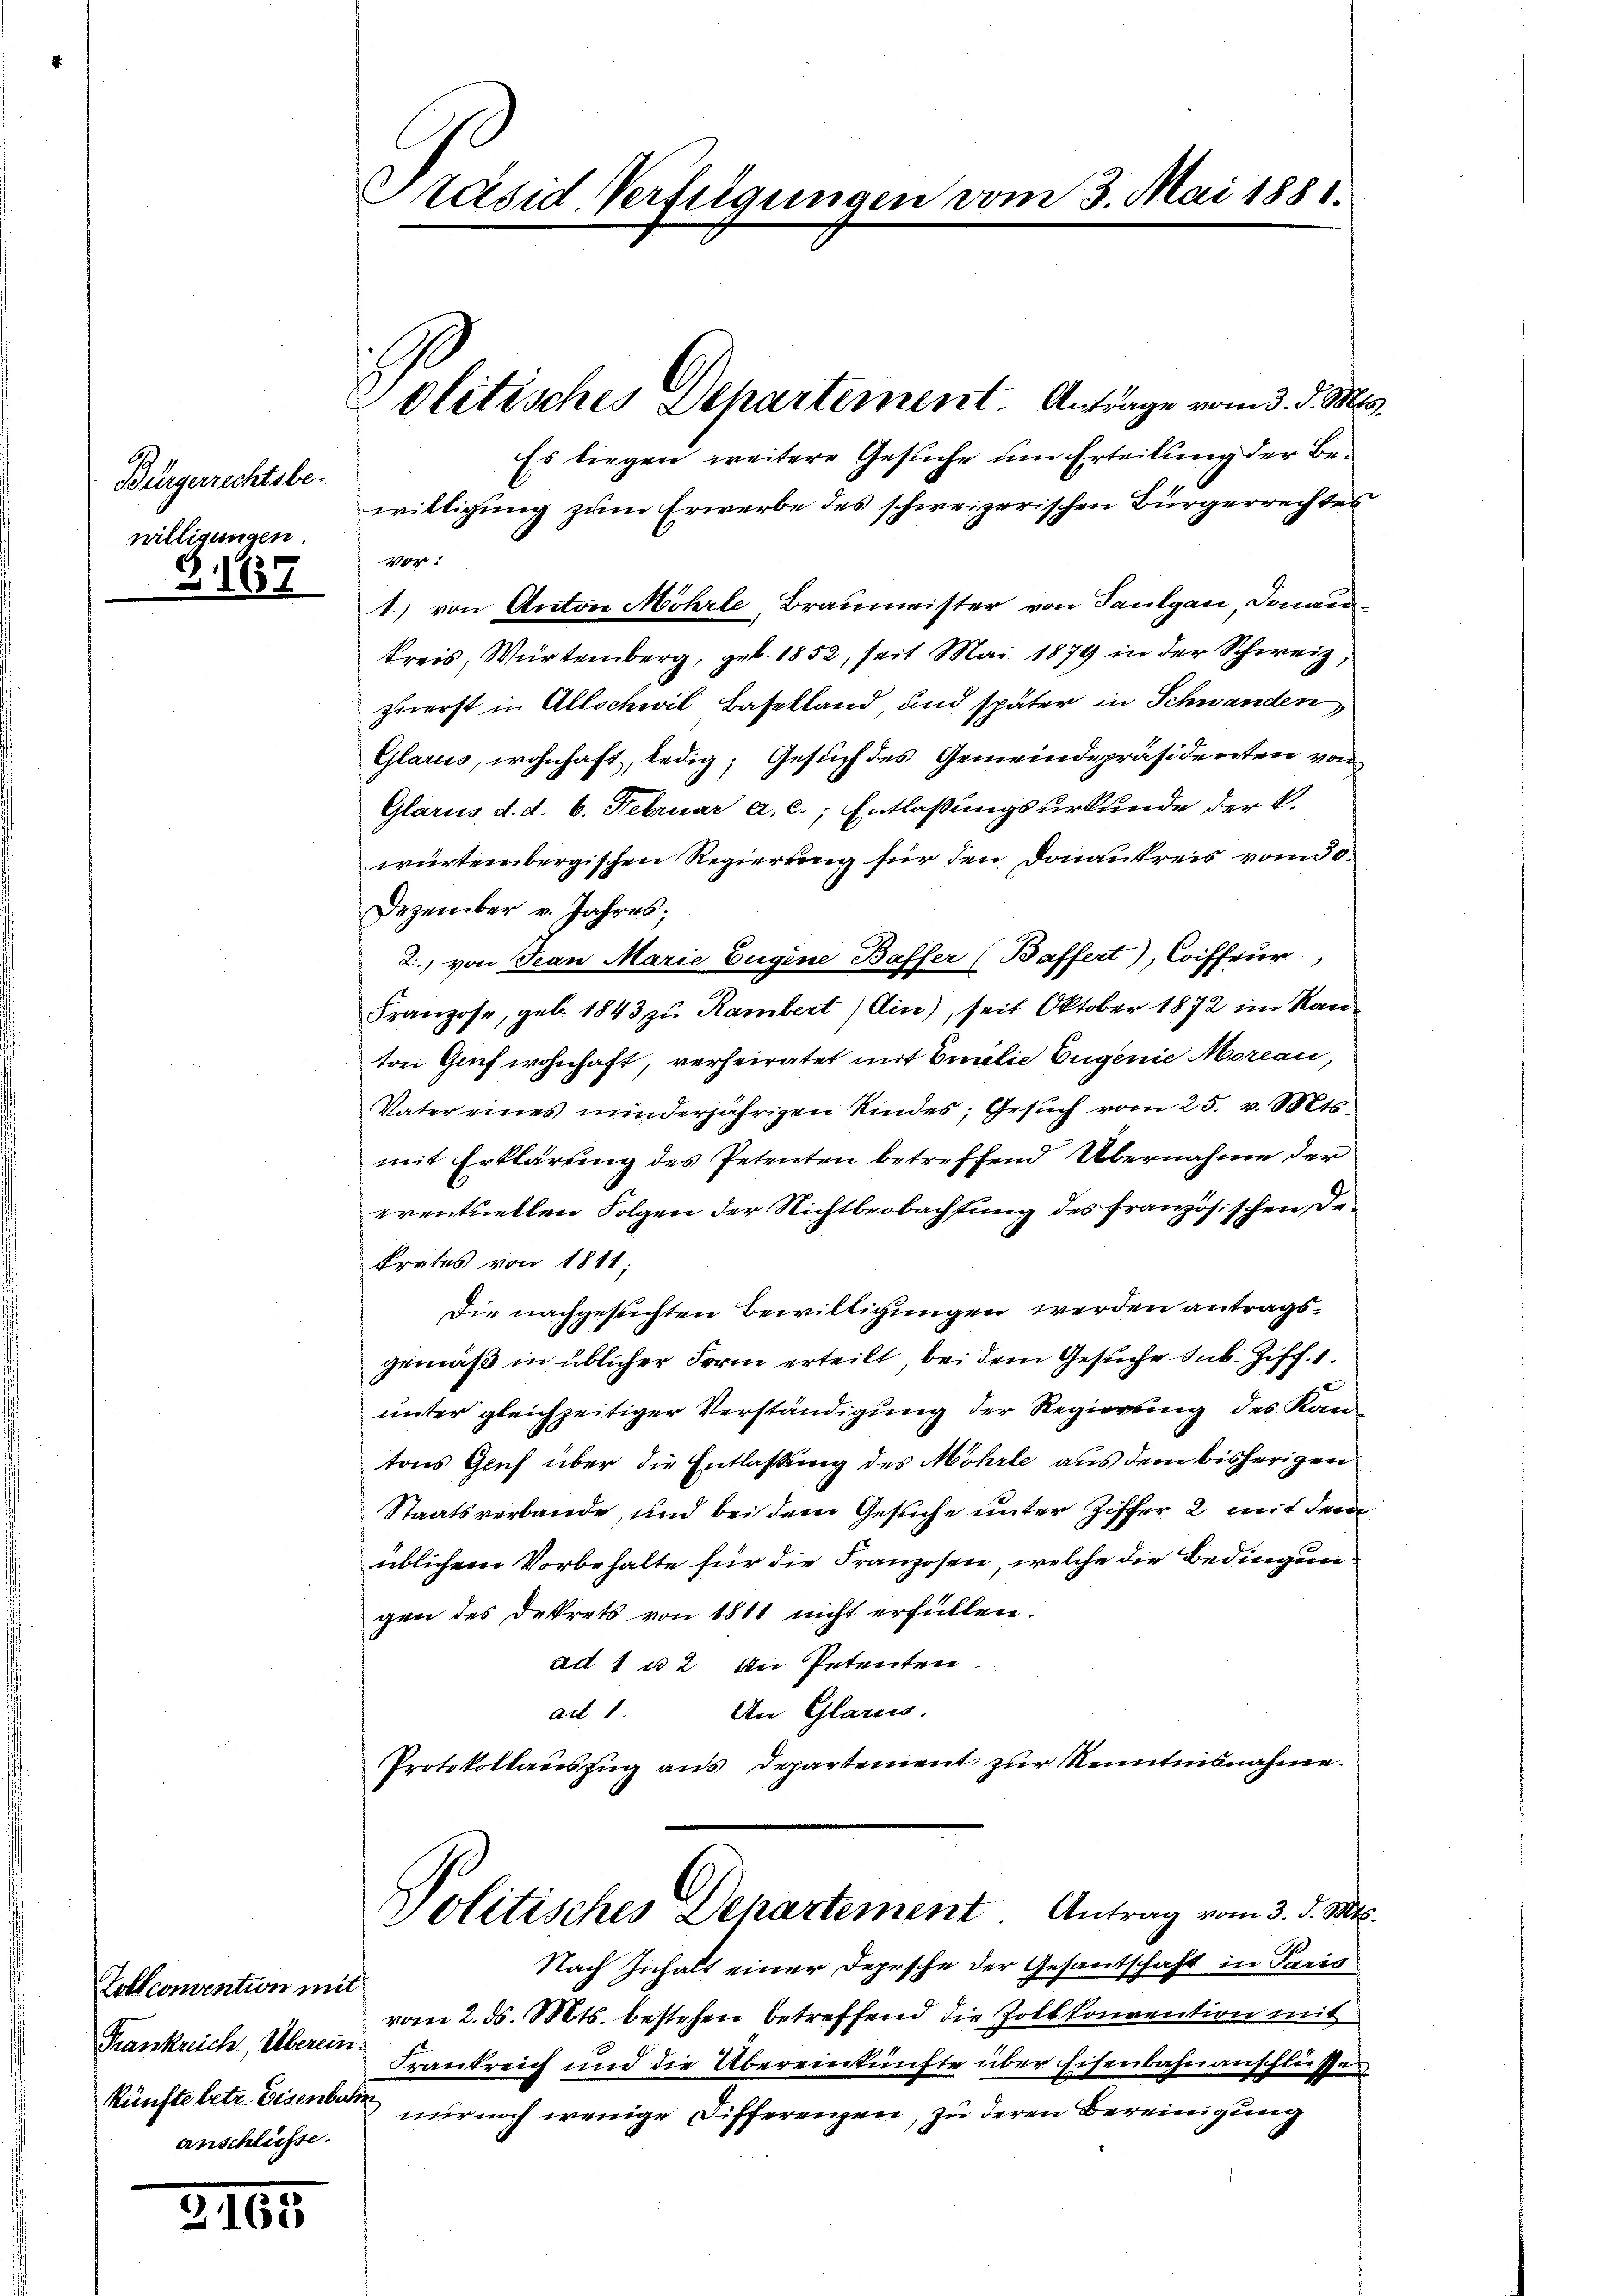
Bürgerrechtsbe-
willigungen.

Z.167

Lollconvention mit
Trankreich, Überein.
anschlüsse.

2165

Präsid. Verfügungen vom 3. Mai 1881.

Es liegen weitere Gesuche um Erteilung der Bewilligung zum Erwerbe des schweizerischen Bürgerrechtes
Ver
1.) von Anton Möhrte, Braumeister von Paulgan, Donau-
kreis, Würtemberg, geb. 1852, seit Mai 1879 in der Schweiz,
zuerst in Allschwil, Baselland und später in Schwanden,
Glarus, wohnhaft, ledig; Gesuch des Gemeindepräsidenten von
Glarus, d. d. 6. Februar a. c., Entlaßungsurkunde der k.
würtembergischen Regierung für den Donaukreis vom 30.
Dezember v. Jahres;
2.) von Jean Marie Eugine Baffer (Baffert), Coiffeur,
Franzose, geb. 1843 zu Rambert/Ain), seit Oktober 1872 im Ran
ton Genf wohnhaft, verheiratet mit Emilie Eugenie Moreau,
Vater eines minderjährigen Kindes; Gesuch vom 25. v. Mts.
mit Erklärung des Petenten betreffend Übernahme der
eventuellen Folgen der Nichtbeobachtung des französischen Dekrates von 1811;
Die nachgesuchten Bewilligungen werden antragsgemäß in üblicher Form erteilt, bei dem Gesuche sub. Ziff. 1.
unter gleichzeitiger Verständigung der Regierung des Kantons Gruf über die Entlassung des Möhrle aus dem bisherigen
Staatsverbande, und bei dem Gesuche unter Ziffer 2 mit dem
üblichem Vorbehalte für die Franzosen, welche die Bedingungen des Dekrets von 1811 nicht erfüllen.
ad 1 u 2 bei Petenten.
ad 1. An Glarus.
Protokollauszug aus Departement zur Kenntnisnahme.

Solitisches Departement. Antrage vom 3. d. Mts.

Politisches Departement Antrag vom 3. d. Mts.

Nach Inhalt einer Depesche der Gesantschaft in Paris
vom 2. ds. Mts. bestehen betreffend die Zottkonvention mit
Frankreich und die Übereinkünfte über Eisenbahnanschlusser
künfte betr. Eisenbar nur noch wenige Differenzen, zu deren Bereinigung